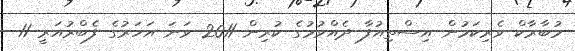
މުބާރާކް ވެރިކަމުން އިސްތިއުފާ ދެއްވުމުގެ ކުރިން 2011 ވަނަ އަހަރުގެ ފެބްރުއަރީ 11